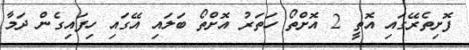
ފޮށިތެރޭގައި އޮތީ 2 އޮށްތޯ ހަތަރު އޮށްތޯ ބަލައި އޭގައި ހިފައިގެން ދަމާ